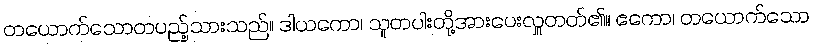
တယောက်သောတပည့်သားသည်။ ဒါယကော၊ သူတပါးတို့အားပေးလှူတတ်၏။ ဧကော၊ တယောက်သော